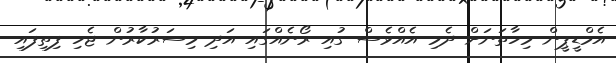
އެމްޑީޕީން މިހާތަނަށް ދެމި އެއްވެސް ގުއި ރޯނެއްގައި އަދި މިސަރުކާރުން ޖެހި ފިތިފައި